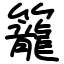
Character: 籠